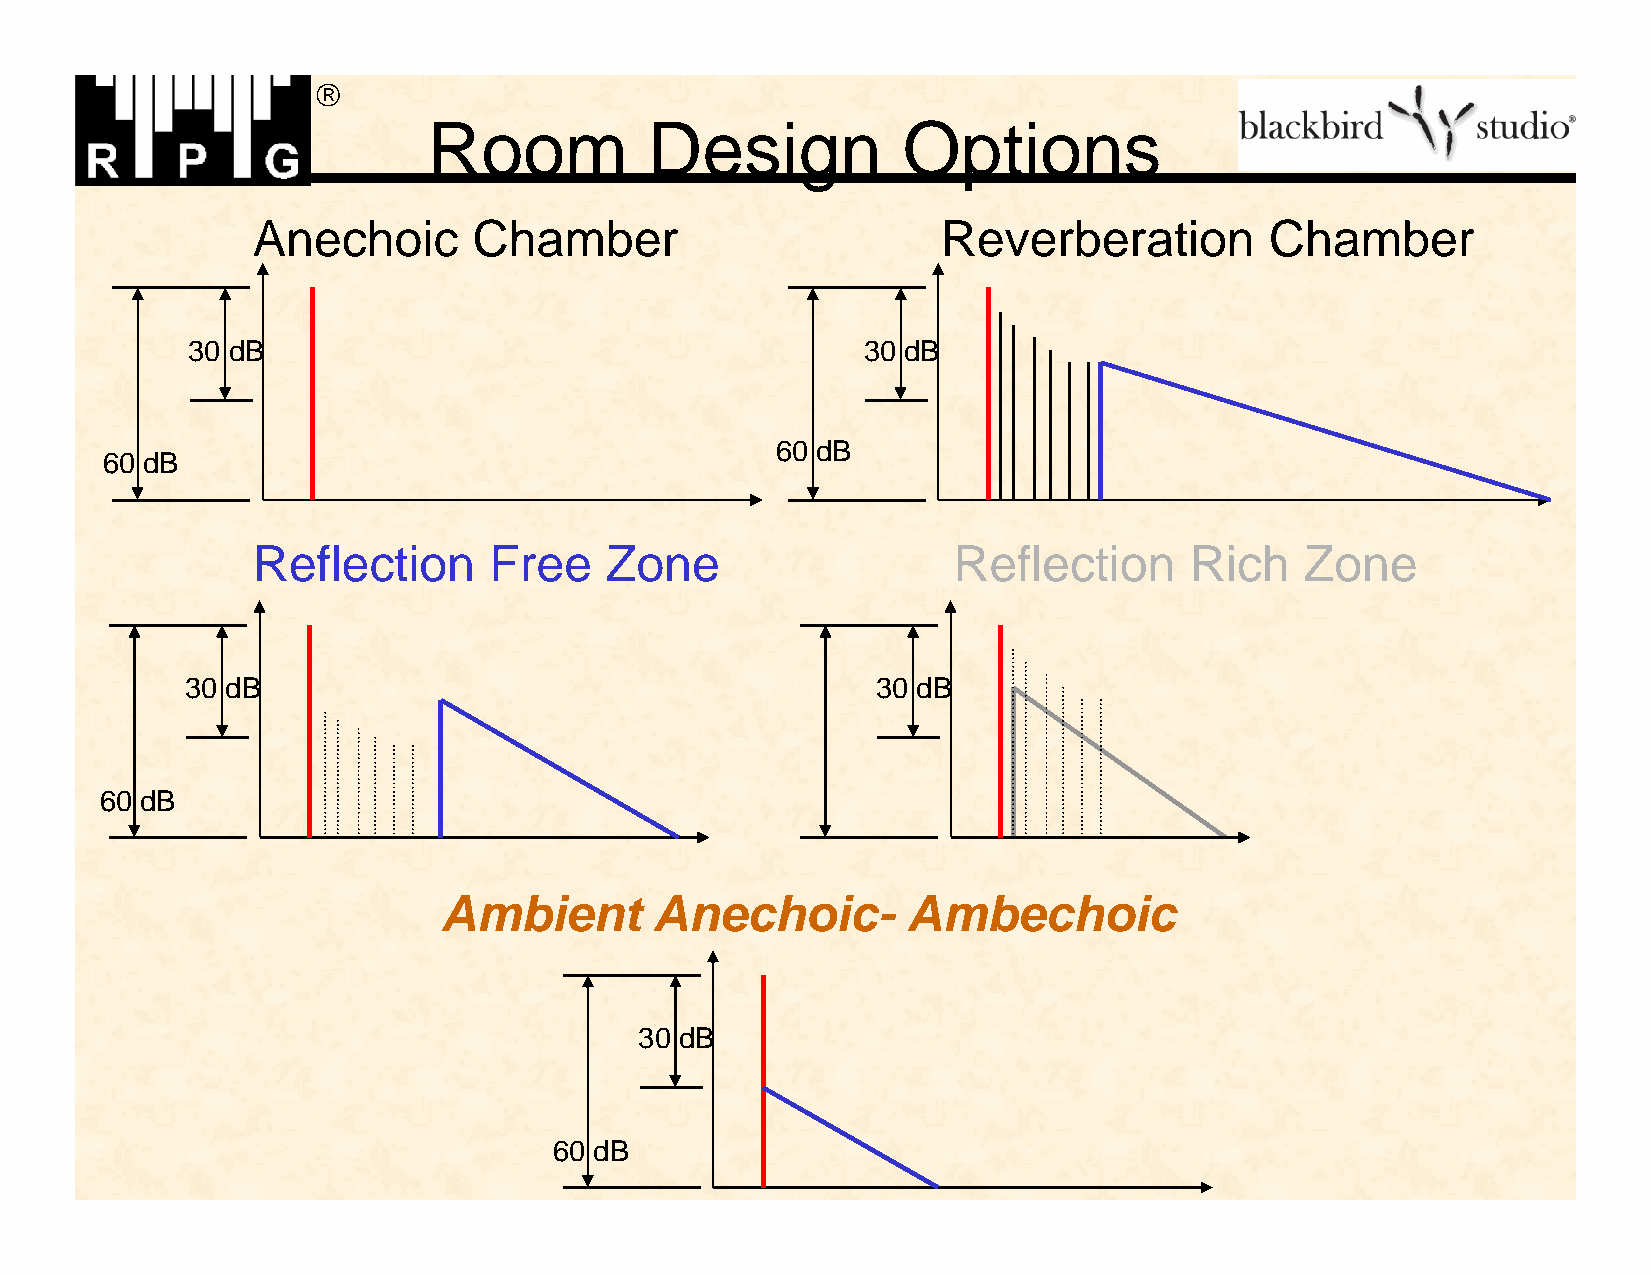

 Room           Design           Options
 Anechoic      Chamber                        Reverberation         Chamber
 30 dB                                        30 dB
 60 dB
 60 dB
 Reflection     Free    Zone                   Reflection      Rich   Zone
 30 dB                                         30 dB
 60 dB
 Ambient       Anechoic-        Ambechoic
 30 dB
 60 dB